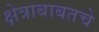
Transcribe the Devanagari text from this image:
क्षेत्राबाबतचे